Vaccination North-Western Provinces 1866-1877 - 1866-1877
Year: 1866
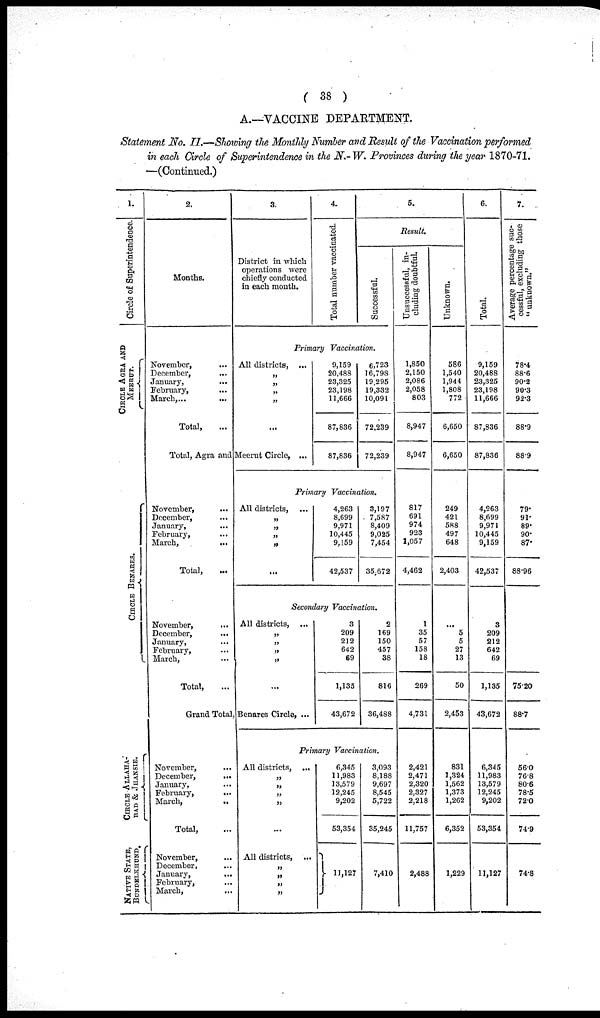
( 38 )
A.—VACCINE DEPARTMENT.
Statement No. II.—Showing the Monthly Number and Result of the Vaccination performed
in each Circle of Superintendence in the N.-W. Provinces during the year 1870-71.
—(Continued.)
1.
Circle of Superintendence.
CIRCLE AGRA AND
MEERUT.
CIRCLE BENARES.
CIRCLE ALLAHA-
BAD & JHANSIE.
NATIVE STATE,
BUNDELKHUND.
2.
Months.
November, ...
December, ...
January,
...
February, ...
March,. ...
Total, ...
3.
District in which
operations were
chiefly conducted
in each month.
4.
Total number vaccinated.
5.
Result.
Successful.
Primary Vaccination.
All districts, ...
„
„
„
„
...
Total, Agra and Meerut Circle, ...
November, ...
December,
...
January,
...
February, ...
March,
...
Total, ...
November,
...
December, ...
January, ...
February, ...
March, ...
Total, ...
9,159
20,488
23,325
23,198
11,666
87,836
87,836
6,723
16,798
19,295
19,332
10,091
72,239
72,239
Primary Vaccination.
All districts, ...
„
„
„
„
...
4,263
8,699
9,971
10,445
9,159
42,537
3,197
7,587
8,409
9,025
7,454
35,672
Secondary Vaccination.
All districts, ...
„
„
„
„
...
Grand Total, Benares Circle, ...
November, ...
December,
...
January, ...
February,
...
March, ...
Total, ...
November,
...
December, ...
January, ...
February, ...
March, ...
3
209
212
642
69
1,135
43,672
2
169
150
457
38
816
36,488
Primary Vaccination.
All districts, ...
„
„
„
„
...
All districts, ...
„
„
„
„
6,345
11,983
13,579
12,245
9,202
53,354
11,127
3,093
8,188
9,697
8,545
5,722
35,245
7,410
Unsuccessful, in-
cluding doubtful.
1,850
2,150
2,086
2,058
803
8,947
8,947
817
691
974
923
1,057
4,462
1
35
57
158
18
269
4,731
2,421
2,471
2,320
2,327
2,218
11,757
2,488
Unknown.
586
1,540
1,944
1,808
772
6,650
6,650
249
421
588
497
648
2,403
...
5
5
27
13
50
2,453
831
1,324
1,562
1,373
1,262
6,352
1,229
6.
Total.
9,159
20,488
23,325
23,198
11,666
87,836
87,836
4,263
8,699
9,971
10,445
9,159
42,537
3
209
212
642
69
1,135
43,672
6,345
11,983
13,579
12,245
9,202
53,354
11,127
7.
Average percentage suc-
cessful, excluding those
"unknown."
78.4
88.6
90.2
90.3
92.3
88.9
88.9
79.
91.
89.
90.
87.
88.96
75.20
88.7
56.0
76.8
80.6
78.5
72.0
74.9
74.8